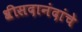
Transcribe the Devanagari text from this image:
श्रीसदानंदांचे